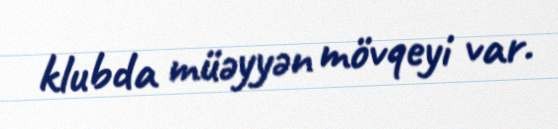
klubda müəyyən mövqeyi var.